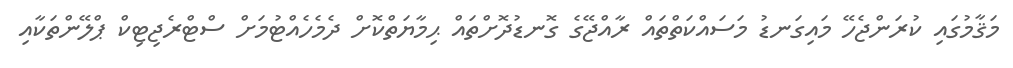
މަޤާމުގައި ކުރަންޖެހޭ މައިގަނޑު މަސައްކަތްތައް ރާއްޖޭގެ ގޮނޑުދޮށްތައް ޙިމާޔަތްކޮށް ދެމެހެއްޓުމަށް ސްޓްރެޖިޓިކް ޕްލޭންތަކާއި